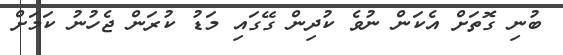
ބުނި ގޮތަށް އެކަން ނުވެ ކުދިން ގޭގައި މަޑު ކުރަން ޖެހުނު ކަމަށް